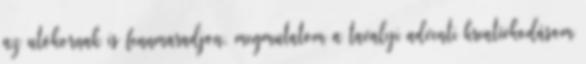
az utókornak is fennmaradjon, megmutatom a tavalyi adventi kreatívkodásom